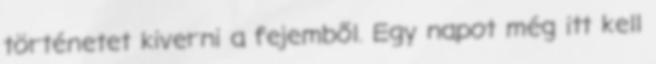
történetet kiverni a fejemből. Egy napot még itt kell